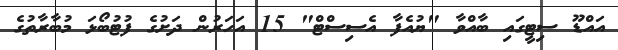
އައްޑޫ ސިޓީގައި ބާއްވާ "ޔުއެފާ އެސިސްޓް" 15 އަހަރުން ދަށުގެ ފުޓުބޯޅަ މުބާރާތުގެ